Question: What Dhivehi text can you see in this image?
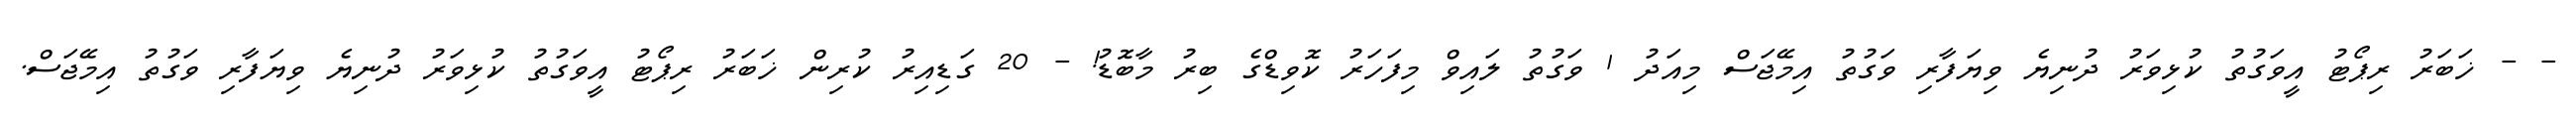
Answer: - - ޚަބަރު ރިޕޯޓު އީވަގުތު ކުޅިވަރު ދުނިޔެ ވިޔަފާރި ވަގުތު އިމޭޖަސް މިއަދު 1 ވަގުތު ލައިވް މިފަހަރު ކޮވިޑްގެ ބިރު މާބޮޑު! - 20 ގަޑިއިރު ކުރިން ޚަބަރު ރިޕޯޓު އީވަގުތު ކުޅިވަރު ދުނިޔެ ވިޔަފާރި ވަގުތު އިމޭޖަސް.